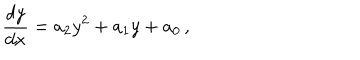
\frac { d y } { d x } = a _ { 2 } y ^ { 2 } + a _ { 1 } y + a _ { 0 } \, ,